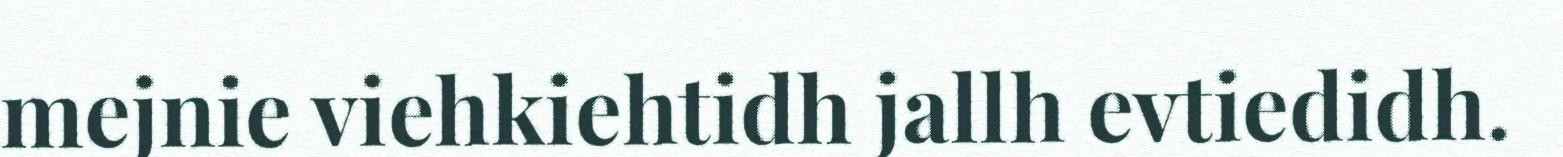
mejnie viehkiehtidh jallh evtiedidh.